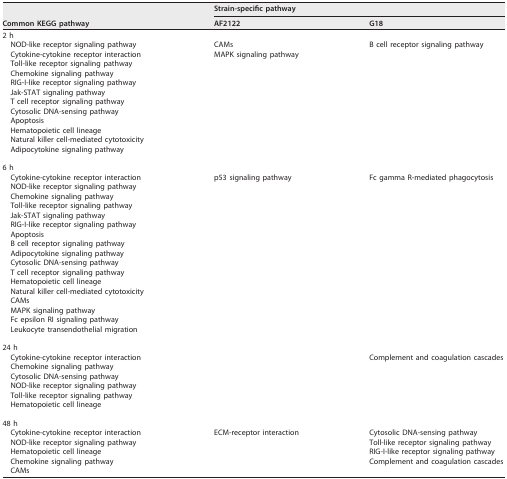
<table><thead><tr><td rowspan="2"><b>Common KEGG pathway</b></td><td colspan="2"><b>Strain-specific pathway</b></td></tr><tr><td><b>AF2122</b></td><td><b>G18</b></td></tr></thead><tbody><tr><td>2 h</td><td></td><td></td></tr><tr><td>NOD-like receptor signaling pathway</td><td>CAMs</td><td>B cell receptor signaling pathway</td></tr><tr><td>Cytokine-cytokine receptor interaction</td><td>MAPK signaling pathway</td><td></td></tr><tr><td>Toll-like receptor signaling pathway</td><td></td><td></td></tr><tr><td>Chemokine signaling pathway</td><td></td><td></td></tr><tr><td>RIG-I-like receptor signaling pathway</td><td></td><td></td></tr><tr><td>Jak-STAT signaling pathway</td><td></td><td></td></tr><tr><td>T cell receptor signaling pathway</td><td></td><td></td></tr><tr><td>Cytosolic DNA-sensing pathway</td><td></td><td></td></tr><tr><td>Apoptosis</td><td></td><td></td></tr><tr><td>Hematopoietic cell lineage</td><td></td><td></td></tr><tr><td>Natural killer cell-mediated cytotoxicity</td><td></td><td></td></tr><tr><td>Adipocytokine signaling pathway</td><td></td><td></td></tr><tr><td>6 h</td><td></td><td></td></tr><tr><td>Cytokine-cytokine receptor interaction</td><td>p53 signaling pathway</td><td>Fc gamma R-mediated phagocytosis</td></tr><tr><td>NOD-like receptor signaling pathway</td><td></td><td></td></tr><tr><td>Chemokine signaling pathway</td><td></td><td></td></tr><tr><td>Toll-like receptor signaling pathway</td><td></td><td></td></tr><tr><td>Jak-STAT signaling pathway</td><td></td><td></td></tr><tr><td>RIG-I-like receptor signaling pathway</td><td></td><td></td></tr><tr><td>Apoptosis</td><td></td><td></td></tr><tr><td>B cell receptor signaling pathway</td><td></td><td></td></tr><tr><td>Adipocytokine signaling pathway</td><td></td><td></td></tr><tr><td>Cytosolic DNA-sensing pathway</td><td></td><td></td></tr><tr><td>T cell receptor signaling pathway</td><td></td><td></td></tr><tr><td>Hematopoietic cell lineage</td><td></td><td></td></tr><tr><td>Natural killer cell-mediated cytotoxicity</td><td></td><td></td></tr><tr><td>CAMs</td><td></td><td></td></tr><tr><td>MAPK signaling pathway</td><td></td><td></td></tr><tr><td>Fc epsilon RI signaling pathway</td><td></td><td></td></tr><tr><td>Leukocyte transendothelial migration</td><td></td><td></td></tr><tr><td>24 h</td><td></td><td></td></tr><tr><td>Cytokine-cytokine receptor interaction</td><td></td><td>Complement and coagulation cascades</td></tr><tr><td>Chemokine signaling pathway</td><td></td><td></td></tr><tr><td>Cytosolic DNA-sensing pathway</td><td></td><td></td></tr><tr><td>NOD-like receptor signaling pathway</td><td></td><td></td></tr><tr><td>Toll-like receptor signaling pathway</td><td></td><td></td></tr><tr><td>Hematopoietic cell lineage</td><td></td><td></td></tr><tr><td>48 h</td><td></td><td></td></tr><tr><td>Cytokine-cytokine receptor interaction</td><td>ECM-receptor interaction</td><td>Cytosolic DNA-sensing pathway</td></tr><tr><td>NOD-like receptor signaling pathway</td><td></td><td>Toll-like receptor signaling pathway</td></tr><tr><td>Hematopoietic cell lineage</td><td></td><td>RIG-I-like receptor signaling pathway</td></tr><tr><td>Chemokine signaling pathway</td><td></td><td>Complement and coagulation cascades</td></tr><tr><td>CAMs</td><td></td><td></td></tr></tbody></table>